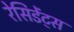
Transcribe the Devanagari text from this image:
रेसिडेंट्स